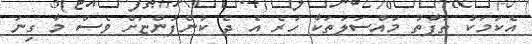
އެކަމަކު ތަފާތު މައްސަލަތަކާ ހުރެ އެ ދެ ކުންފުންޏަށް ވެސް މާ ގިނަ